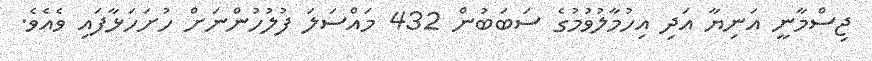
ޖިސްމާނީ އަނިޔާ އަދި އިހުމާލުވުމުގެ ސަބަބުން 432 މައްސަލަ ފުލުހުންނަށް ހުށަހަޅާފައި ވެއެވެ.